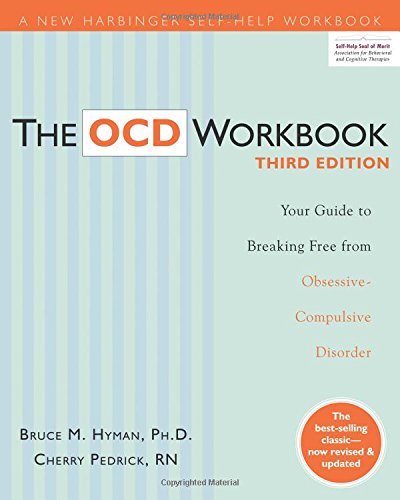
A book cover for The OCD Workbook: Your Guide to Breaking Free from Obsessive-Compulsive Disorder; Bruce M. Hyman PhD  LCSW; Health, Fitness & Dieting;